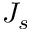
J _ { s }